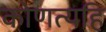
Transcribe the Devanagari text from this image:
कोणत्यहि